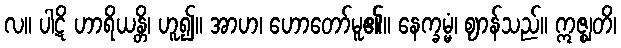
လ။ ပါဋိ ဟာရိယန္တိ၊ ဟူ၍။ အာဟ၊ ဟောတော်မူ၏။ နေက္ခမ္မံ၊ ဈာန်သည်။ ဣဇ္ဈတိ၊